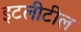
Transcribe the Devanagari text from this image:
इटलीटील